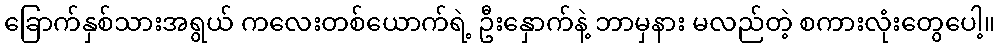
ခြောက်နှစ်သားအရွယ် ကလေးတစ်ယောက်ရဲ့ ဦးနှောက်နဲ့ ဘာမှနား မလည်တဲ့ စကားလုံးတွေပေါ့။